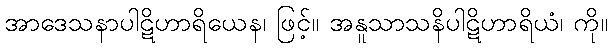
အာဒေသနာပါဋိဟာရိယေန၊ ဖြင့်။ အနူသာသနိပါဋိဟာရိယံ၊ ကို။